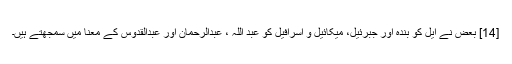
[14] بعض نے ایل کو بندہ اور جبرئیل، میکائیل و اسرافیل کو عبد اللہ ، عبدالرحمان اور عبدالقدوس کے معنا میں سمجھتے ہیں۔